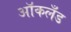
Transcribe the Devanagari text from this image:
आॅकलँड